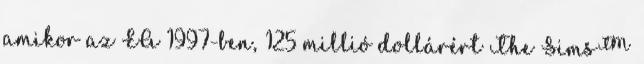
amikor az EA 1997-ben, 125 millió dollárért The Sims™